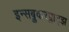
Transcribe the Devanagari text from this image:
इन्सब्रुकरप्लाट्झ